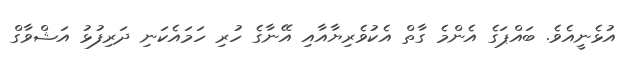
އުޅެނީއެވެ. ބައްޕަގެ އެންމެ ގާތް އެކުވެރިޔާއާއި އޭނާގެ ހުރި ހަމައެކަނި ދަރިފުޅު އަޝްވާގް